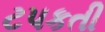
ટપકતી